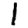
Digit: 1